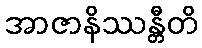
အာဇာနိဿန္တီတိ